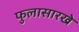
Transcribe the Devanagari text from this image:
फुलासारखे